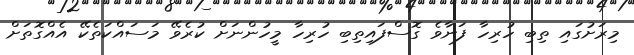
މިރަށުގައި ތިބި ހުރިހާ ފަނާވެ ގޮސްފައިތިބި ހުރިހާ މީހުންނަށް ކުރެވޭ މަސައްކަތެކޭ އެއްގޮތަށް